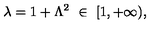
\lambda = 1 + \Lambda ^ { 2 } \ \in \ [ 1 , + \infty ) ,